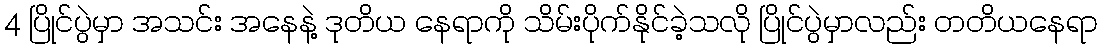
4 ပြိုင်ပွဲမှာ အသင်း အနေနဲ့ ဒုတိယ နေရာကို သိမ်းပိုက်နိုင်ခဲ့သလို ပြိုင်ပွဲမှာလည်း တတိယနေရာ